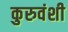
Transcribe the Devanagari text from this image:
कुरुवंशी